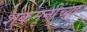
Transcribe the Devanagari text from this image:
शुकमुनींच्या